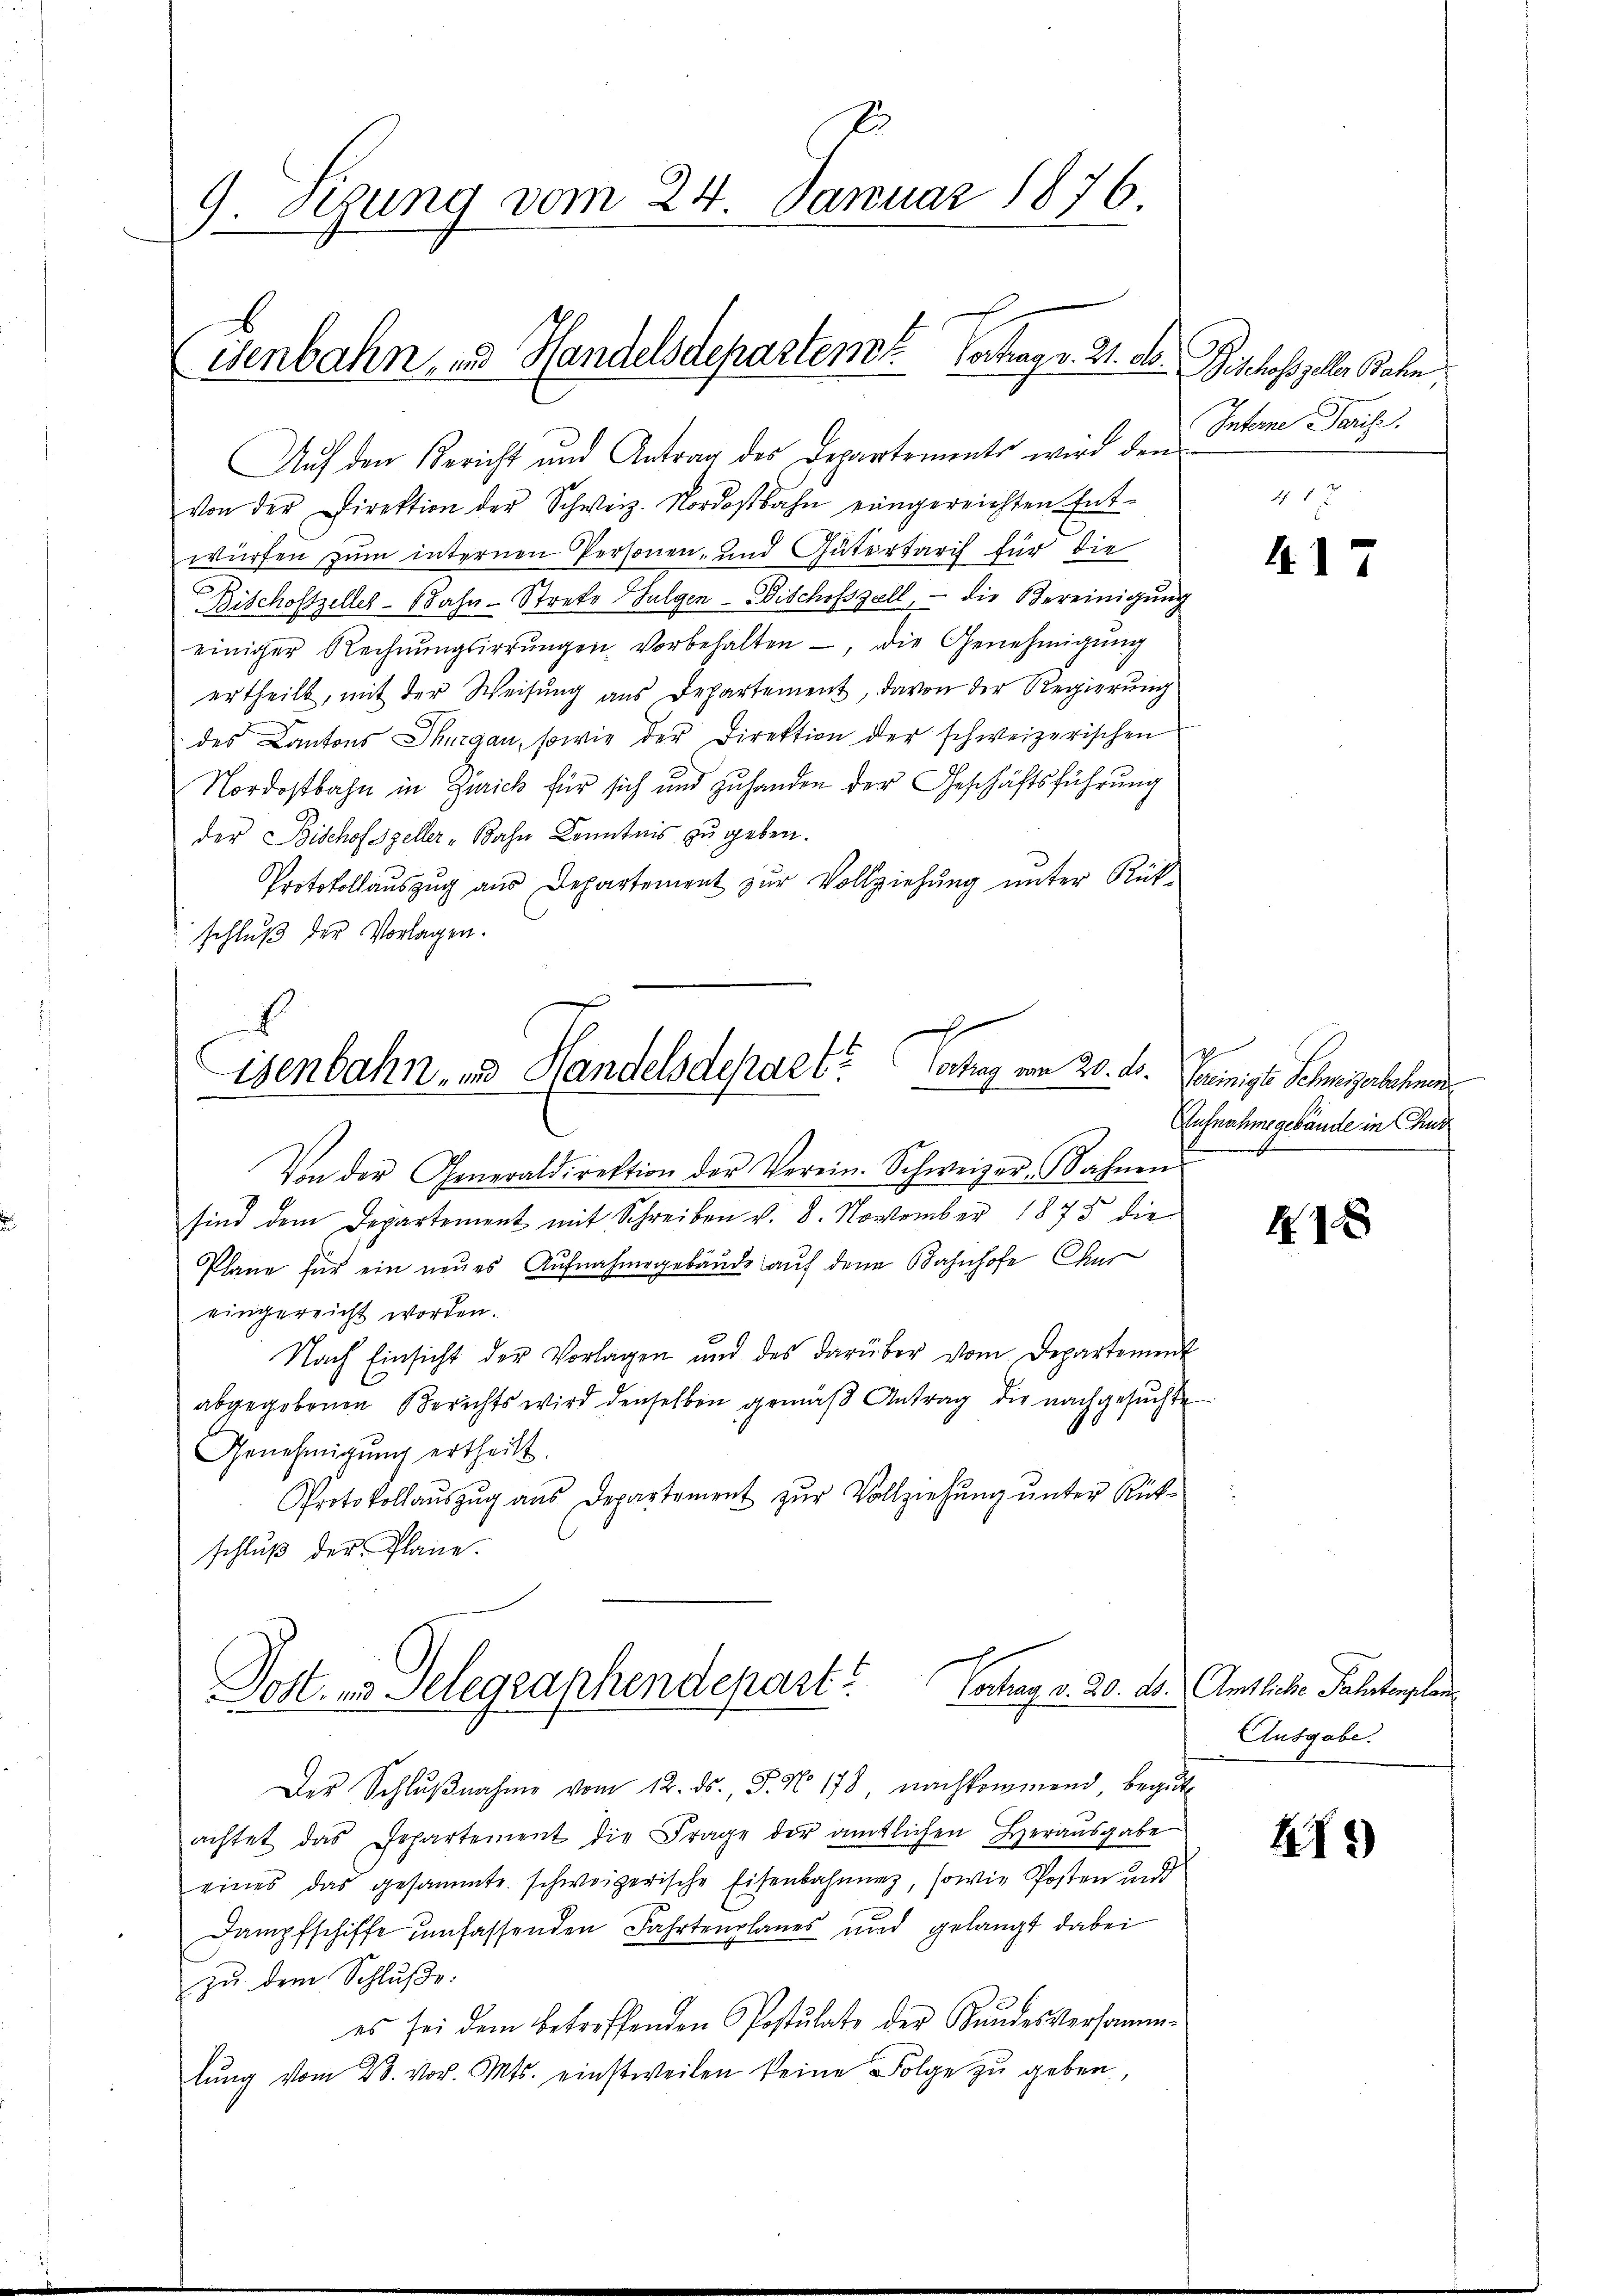
9. Sizung vom 24. Januar 1876.

Auf den Bericht und Antrag des Departements wird den Interne Paris
Von der Direktion der Schweiz. Nordostbahn eingereichten Entwürfen zum internen Personen- und Gütertarif für die
Bischofszeller-Bahn-Streke (Sulgen- Fischofszell, - die Bereinigung
einiger Rechnŭngsirrŭngen vorbehalten, die Genehmigŭng
ertheilt, mit der Weisung aus Departement, davon der Regierung
des Cantons Thurgau, sowie der Direktion der schweizerischen
Nordostbahn in Zürich für sich und zuhanden der Geschäftsführung
der Bischofszeller-Bahn Kenntnis zu geben.
Protokollaŭszŭg aŭs Departement zŭr Vollziehŭng ŭnter Rück-
schluß der Vorlagen.

isenbahn, und Handelsdeparten Vortrag v. 21. d. Bischofszeller Bahn,

olung von 20. d.
isenbahn- und Handelsdepaet?

Dott. ein Delegraphendepart. Vortrag v. 20. ds.
Der Schlŭβnahme vom 12. ds., S. No. 178, nachkommend, begŭt

Von der Generaldirektion der Verein. Schweizer-Bahnen
sind dem Departement mit Schreiben v. 8. November 1875 die
Plane für ein neues Aufnahmegebäude auf den Bahnhofe Chur
eingereicht worden.
Nach Einsicht der Vorlagen und des darüber vom Departement
abgegebenen Berichts wird denselben gemäβ Antrag die nachgesuchte
Genehmigung ertheilt.
Protokollauszug aus Departement zŭr Vollziehung unter Rück-
schluß der Plane.

achtet das Departement die Frage der amtlichen Heraŭsgabe
eines das gesammte schweizerische Eisenbahnung, sowie Posten und
Dampfschiffe umfassenden Fahrtenplanes und gelangt dabei
zu dem Schluße:
es sei dem betreffenden Postulate der Kundesversamm-
lŭng vom 23. vor. Mts. einstweilen keine Folge zu geben,

417

Vereinigte Schweizerbahnen
Aufnahmegebäude in Chur

41 x

Amtliche Partenplan
Ausgabe.

212)